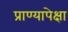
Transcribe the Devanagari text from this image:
प्राण्यापेक्षा